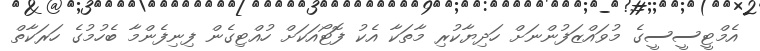
އެމްޓީސީސީގެ މުވައްޒަފުންނަށް ހަދިޔާކުރި މާތަކާ އެކު ފޮޓޯއަކަށް ހުއްޓިގެން ފިނިފެންމާ ބެހުމުގެ ހަރަކާތް